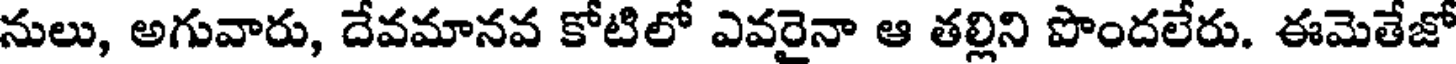
నులు, అగువారు, దేవమానవ కోటిలో ఎవరైనా ఆ తల్లిని పొందలేరు. ఈమెతేజో